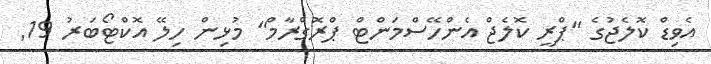
އެވިޑް ކޮލެޖުގެ "ޕްރީ ކޮލެޖް އެންހޭސްމަންޓް ޕްރޮގްރާމް" މުޅިން ހިލޭ އޮކްޓޯބަރު 19